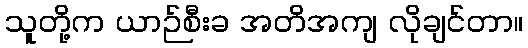
သူတို့က ယာဉ်စီးခ အတိအကျ လိုချင်တာ။